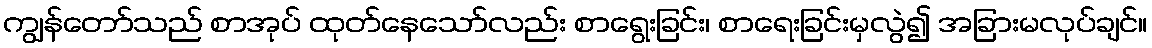
ကျွန်တော်သည် စာအုပ် ထုတ်နေသော်လည်း စာရွေးခြင်း၊ စာရေးခြင်းမှလွဲ၍ အခြားမလုပ်ချင်။